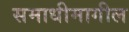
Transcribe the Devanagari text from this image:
समाधीमागील